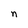
Character: n